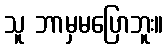
သူ ဘာမှမပြောဘူး။